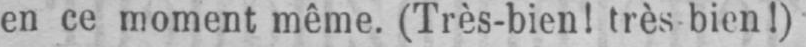
en ce moment même. (Très-bien! très bienl)